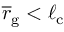
\overline { r } _ { \mathrm { g } } < \ell _ { \mathrm { c } }